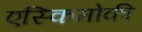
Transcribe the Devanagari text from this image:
एस्किमोकी